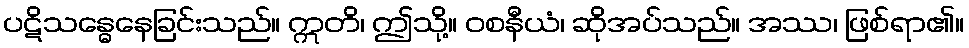
ပဋိသန္ဓေနေခြင်းသည်။ ဣတိ၊ ဤသို့။ ဝစနီယံ၊ ဆိုအပ်သည်။ အဿ၊ ဖြစ်ရာ၏။